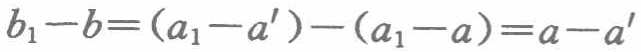
\(b_{1}-b=(a_{1}-a')-(a_{1}-a)=a - a'\)